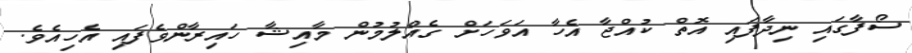
ސޯފާގައި ނިދާފައި އޮތް ކުއްޖާ އެހާ އަވަހަށް ގެއްލުމުން މާއިޝާ ހައިރާންވެފައި އެހިއެވެ.